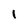
Character: 1